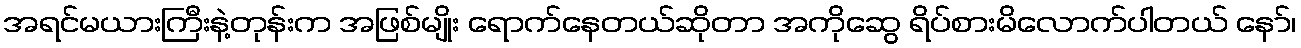
အရင်မယားကြီးနဲ့တုန်းက အဖြစ်မျိုး ရောက်နေတယ်ဆိုတာ အကိုဆွေ ရိပ်စားမိလောက်ပါတယ် နော်၊